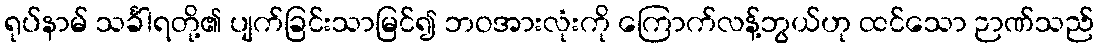
ရုပ်နာမ် သင်္ခါရတို့၏ ပျက်ခြင်းသာမြင်၍ ဘဝအားလုံးကို ကြောက်လန့်ဘွယ်ဟု ထင်သော ဉာဏ်သည်